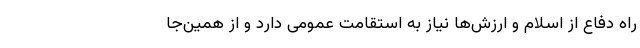
راه دفاع از اسلام و ارزش‌ها نیاز به استقامت عمومی دارد و از همین‌جا